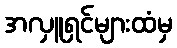
အလှူရှင်များထံမှ